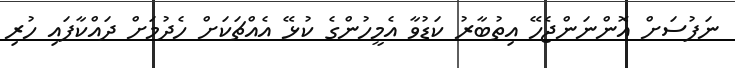
ނަފުސަށް އޮންނަންޖެހޭ އިތުބާރު ކަޑުވާ އެމީހުންގެ ކުޅޭ އެއްޗަކަށް ހެދުމަށް ދައްކާފައި ހުރި